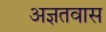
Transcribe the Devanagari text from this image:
अज्ञतवास